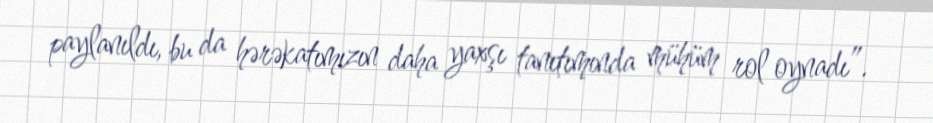
paylanıldı, bu da hərəkatımızın daha yaxşı tanıtımında mühüm rol oynadı”.